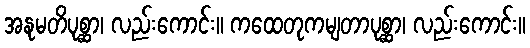
အနုမတိပုစ္ဆာ၊ လည်းကောင်း။ ကထေတုကမျတာပုစ္ဆာ၊ လည်းကောင်း။